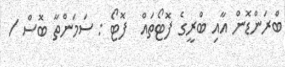
ބްރަންޑޮން އާއި ބްރީގެ ފޮޓޯތައް  ފޮޓޯ : ސަމަންތާ ބޮސް /